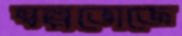
স্বল্পভোজে